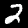
Digit: 2